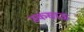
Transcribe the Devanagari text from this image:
उकसाऊ